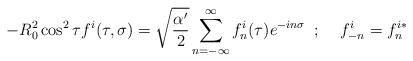
LaTeX: \begin{align*}-R^2_{0}\cos^2\tau f^{i}(\tau,\sigma)=\sqrt{\frac{\alpha'}{2}}\sum_{n=-\infty}^{\infty}f^{i}_{n}(\tau)e^{-in\sigma}\;\; ;\;\;\;\; f^{i}_{-n}=f^{i*}_{n}\end{align*}